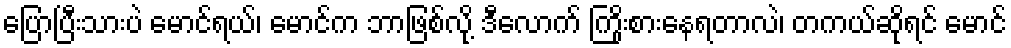
ပြောပြီးသားပဲ မောင်ရယ်၊ မောင်က ဘာဖြစ်လို့ ဒီလောက် ကြိုးစားနေရတာလဲ၊ တကယ်ဆိုရင် မောင်